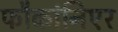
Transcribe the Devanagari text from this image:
फौकांनिएर